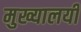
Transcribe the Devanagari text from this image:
मुख्यालयी